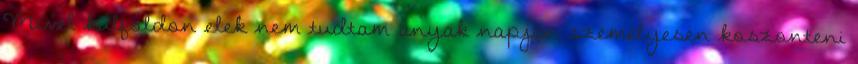
Mivel kulfoldon elek nem tudtam anyak napjan szemelyesen koszonteni